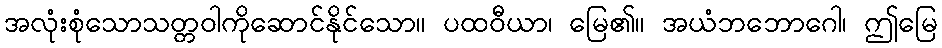
အလုံးစုံသောသတ္တဝါကိုဆောင်နိုင်သော။ ပထဝီယာ၊ မြေ၏။ အယံဘဘောဂေါ၊ ဤမြေ